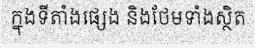
ក្នុងទីតាំងផ្សេង និងថែមទាំងស្ថិត